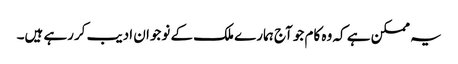
یہ ممکن ہے کہ وہ کام جو آج ہمارے ملک کے نوجوان ادیب کررہے ہیں۔